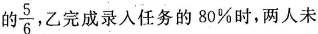
的 \frac{5}{6} 乙完成录入任务的80%时，两人未